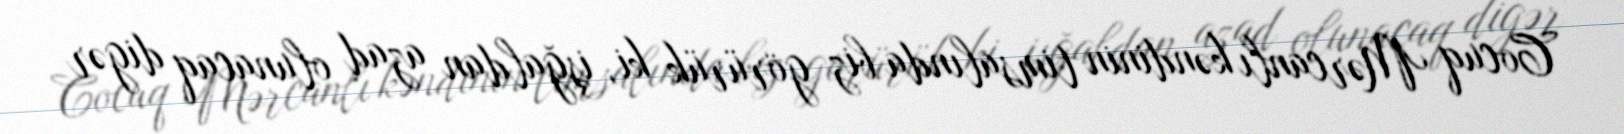
Cocuq Mərcanlı kəndinin timsalında biz görürük ki, işğaldan azad olunacaq digər